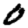
Digit: 0